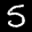
Label: 5